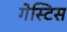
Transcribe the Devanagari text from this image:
गेस्टिस